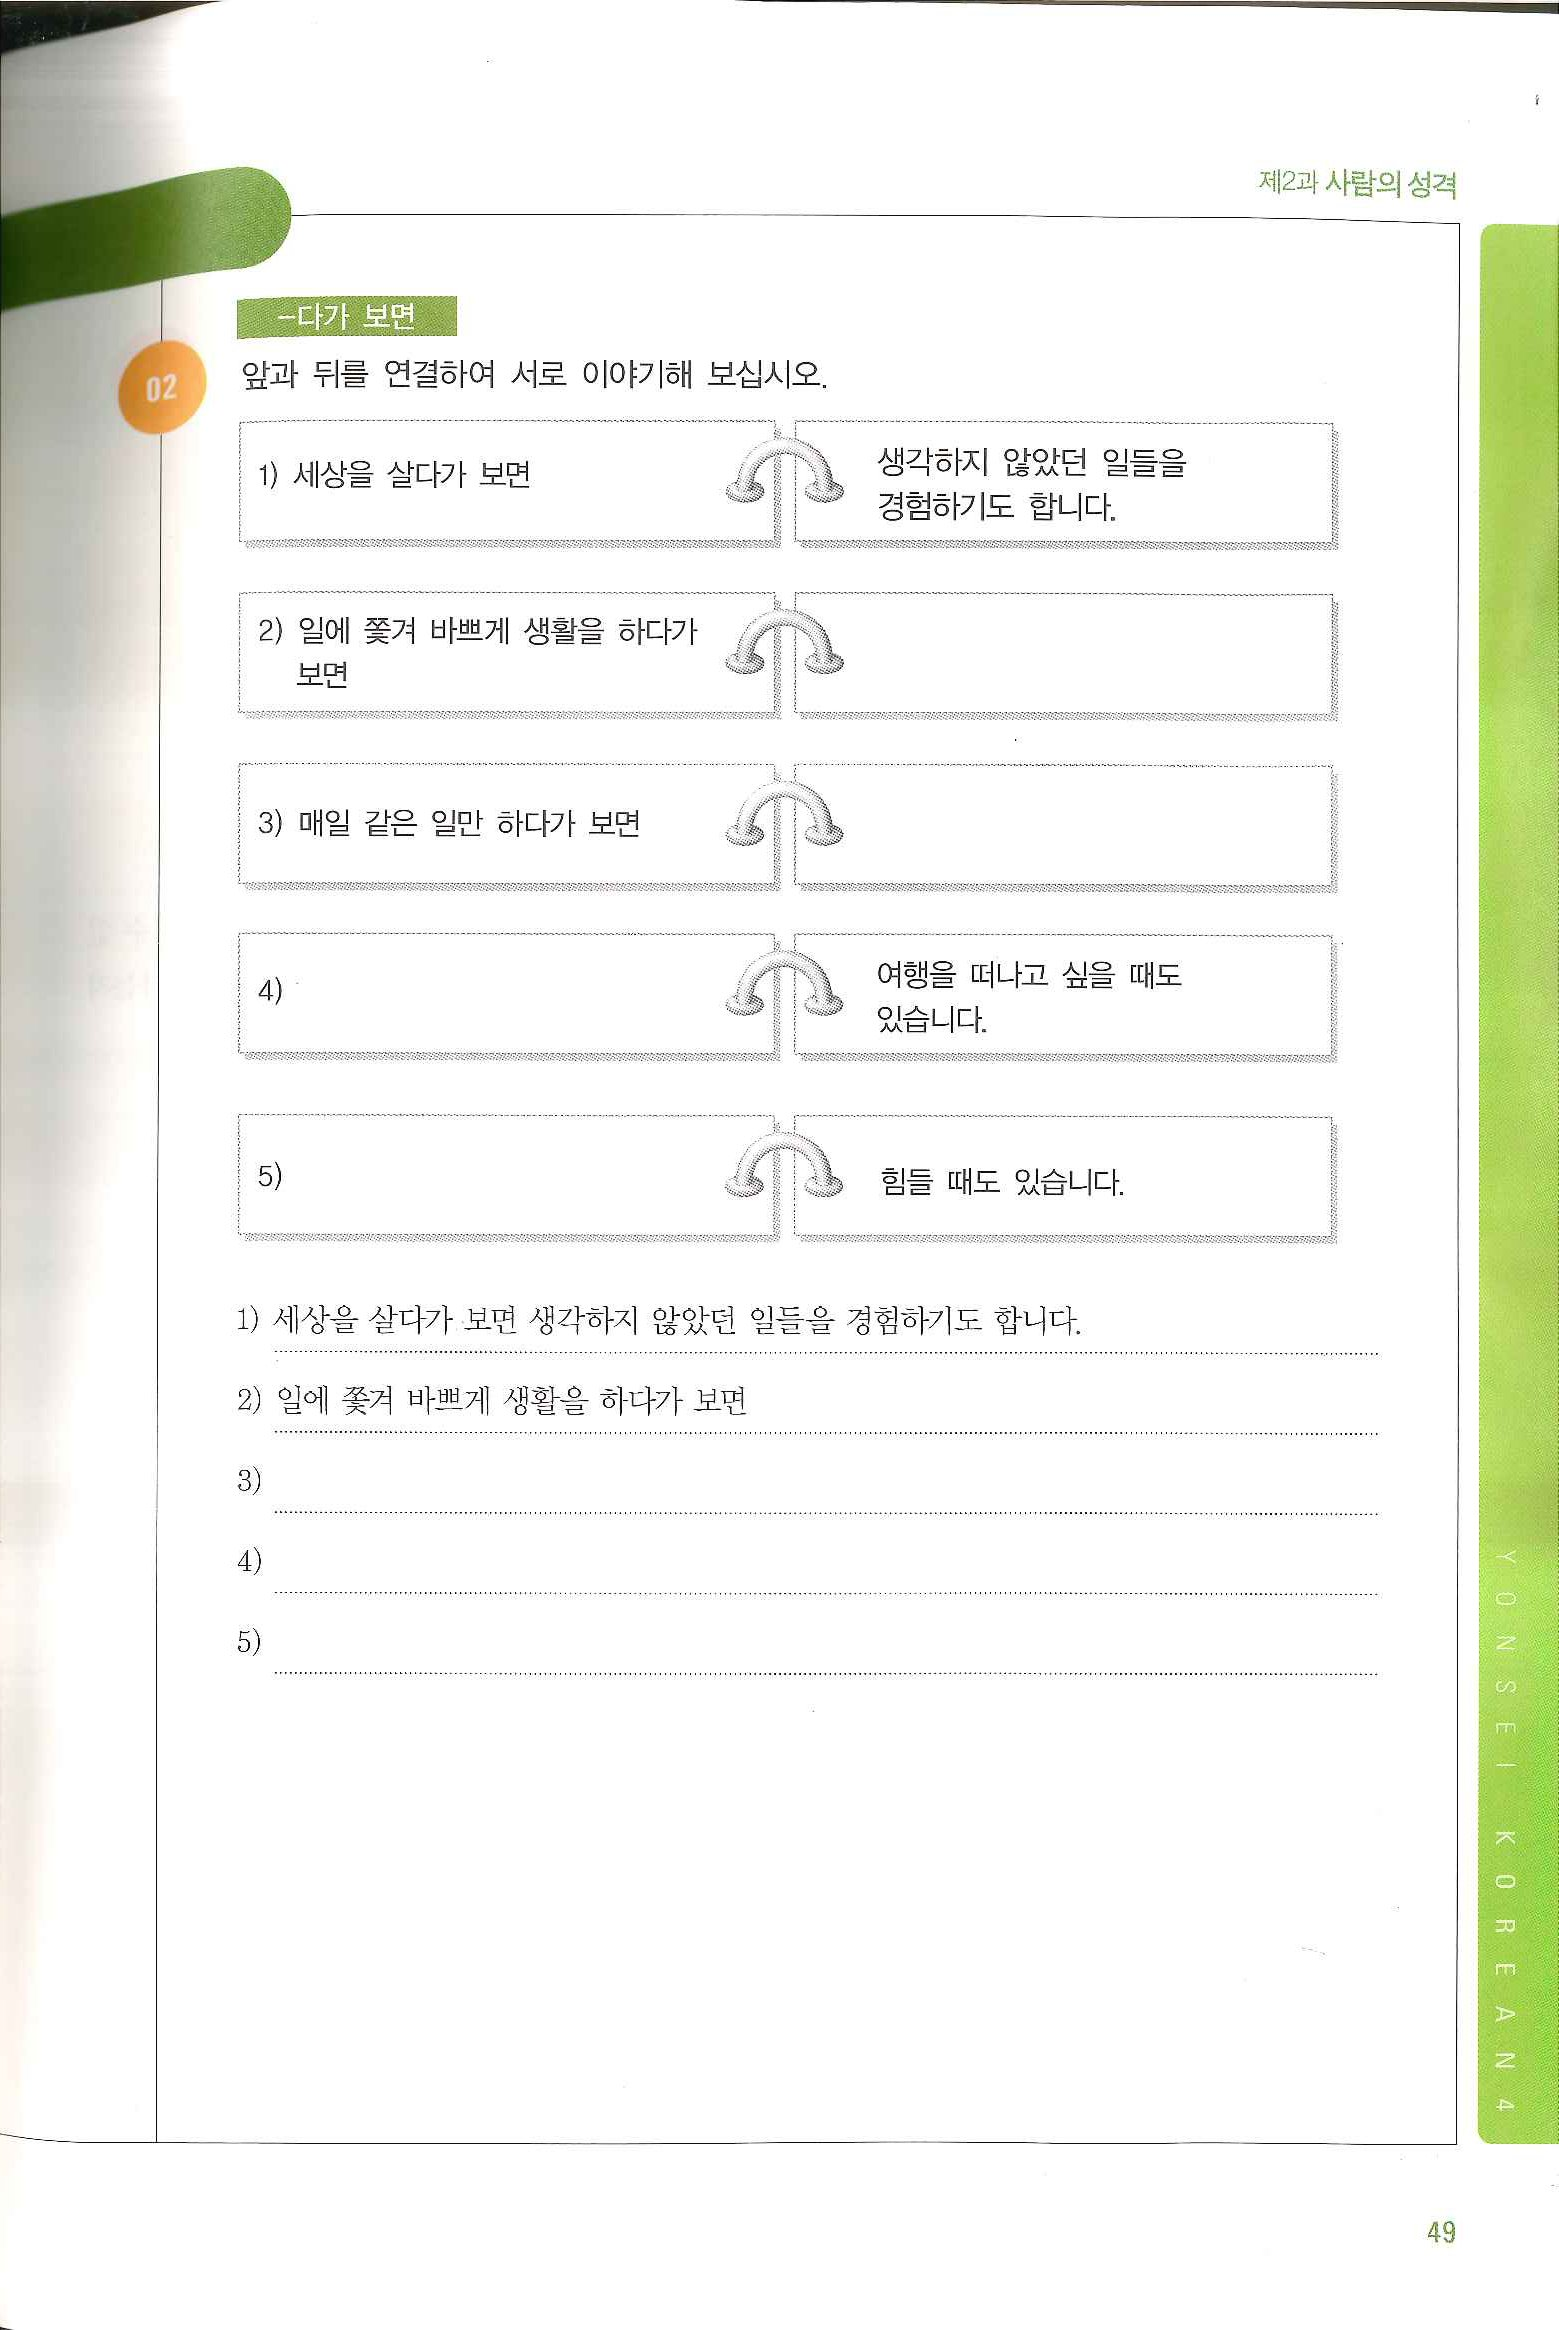
Language: ko